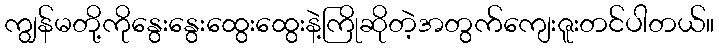
ကျွန်မတို့ကိုနွေးနွေးထွေးထွေးနဲ့ကြိုဆိုတဲ့အတွက်ကျေးဇူးတင်ပါတယ်။